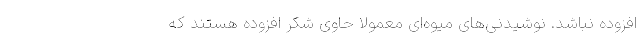
افزوده نباشد. نوشیدنی‌های میوه‌ای معمولا حاوی شکر افزوده هستند که